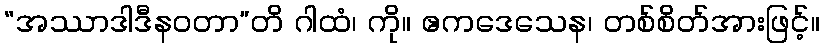
“အဿာဒါဒီနဝတာ”တိ ဂါထံ၊ ကို။ ဧကဒေသေန၊ တစ်စိတ်အားဖြင့်။